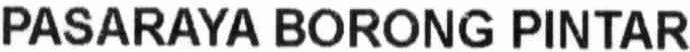
PASARAYA BORONG PINTAR